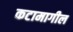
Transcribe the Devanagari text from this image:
कटामागील